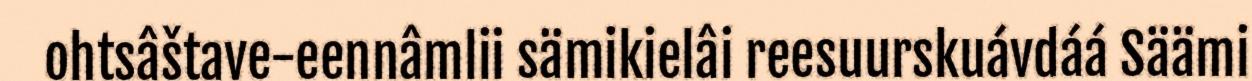
ohtsâštave-eennâmlii sämikielâi reesuurskuávdáá Säämi